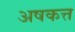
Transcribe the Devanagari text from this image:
अषकत्त